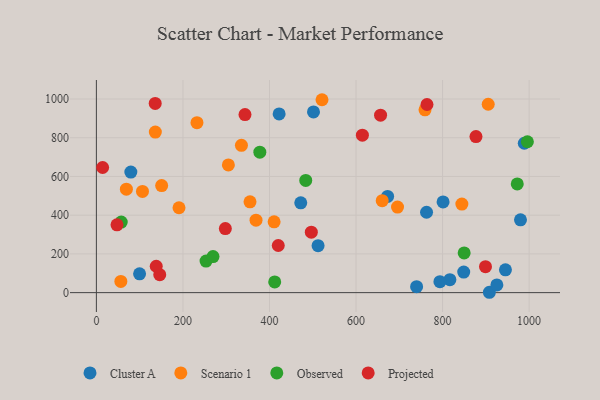
{"axis": {"x": "Price", "y": "Yield"}, "legend": ["Cluster A", "Observed", "Projected", "Scenario 1"], "data": [{"x": "99.8", "y": 97.2, "type": "Cluster A"}, {"x": "945.3", "y": 117.9, "type": "Cluster A"}, {"x": "980.1", "y": 375.8, "type": "Cluster A"}, {"x": "908.2", "y": 1.9, "type": "Cluster A"}, {"x": "848.9", "y": 106.0, "type": "Cluster A"}, {"x": "740.0", "y": 30.9, "type": "Cluster A"}, {"x": "501.7", "y": 933.0, "type": "Cluster A"}, {"x": "816.9", "y": 67.1, "type": "Cluster A"}, {"x": "512.3", "y": 242.5, "type": "Cluster A"}, {"x": "79.6", "y": 622.4, "type": "Cluster A"}, {"x": "801.2", "y": 468.7, "type": "Cluster A"}, {"x": "763.0", "y": 415.2, "type": "Cluster A"}, {"x": "925.5", "y": 39.8, "type": "Cluster A"}, {"x": "793.9", "y": 56.8, "type": "Cluster A"}, {"x": "673.0", "y": 496.9, "type": "Cluster A"}, {"x": "422.3", "y": 923.1, "type": "Cluster A"}, {"x": "988.9", "y": 771.5, "type": "Cluster A"}, {"x": "472.3", "y": 464.0, "type": "Cluster A"}, {"x": "521.4", "y": 996.2, "type": "Scenario 1"}, {"x": "305.0", "y": 659.6, "type": "Scenario 1"}, {"x": "232.4", "y": 877.7, "type": "Scenario 1"}, {"x": "335.2", "y": 760.7, "type": "Scenario 1"}, {"x": "660.5", "y": 474.8, "type": "Scenario 1"}, {"x": "56.5", "y": 58.0, "type": "Scenario 1"}, {"x": "69.3", "y": 534.1, "type": "Scenario 1"}, {"x": "905.5", "y": 972.8, "type": "Scenario 1"}, {"x": "136.2", "y": 829.2, "type": "Scenario 1"}, {"x": "695.9", "y": 441.7, "type": "Scenario 1"}, {"x": "410.7", "y": 365.5, "type": "Scenario 1"}, {"x": "759.4", "y": 944.0, "type": "Scenario 1"}, {"x": "368.9", "y": 374.0, "type": "Scenario 1"}, {"x": "150.8", "y": 553.1, "type": "Scenario 1"}, {"x": "844.6", "y": 457.4, "type": "Scenario 1"}, {"x": "355.0", "y": 468.8, "type": "Scenario 1"}, {"x": "106.5", "y": 522.6, "type": "Scenario 1"}, {"x": "190.9", "y": 438.3, "type": "Scenario 1"}, {"x": "849.9", "y": 205.3, "type": "Observed"}, {"x": "483.8", "y": 579.4, "type": "Observed"}, {"x": "253.4", "y": 163.2, "type": "Observed"}, {"x": "57.4", "y": 364.5, "type": "Observed"}, {"x": "269.5", "y": 186.5, "type": "Observed"}, {"x": "377.7", "y": 725.5, "type": "Observed"}, {"x": "972.6", "y": 561.2, "type": "Observed"}, {"x": "996.0", "y": 779.2, "type": "Observed"}, {"x": "412.1", "y": 55.3, "type": "Observed"}, {"x": "614.7", "y": 813.1, "type": "Projected"}, {"x": "496.7", "y": 312.4, "type": "Projected"}, {"x": "146.4", "y": 92.6, "type": "Projected"}, {"x": "135.9", "y": 976.9, "type": "Projected"}, {"x": "298.0", "y": 330.7, "type": "Projected"}, {"x": "47.6", "y": 350.1, "type": "Projected"}, {"x": "138.3", "y": 136.2, "type": "Projected"}, {"x": "877.2", "y": 805.8, "type": "Projected"}, {"x": "420.3", "y": 243.5, "type": "Projected"}, {"x": "14.4", "y": 646.3, "type": "Projected"}, {"x": "899.2", "y": 134.1, "type": "Projected"}, {"x": "656.7", "y": 916.4, "type": "Projected"}, {"x": "764.0", "y": 971.5, "type": "Projected"}, {"x": "343.4", "y": 919.5, "type": "Projected"}]}